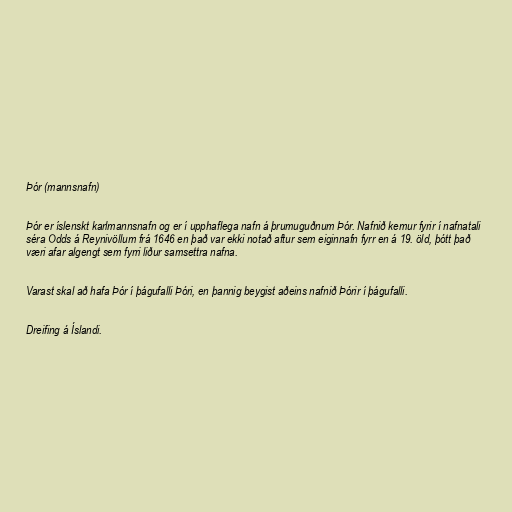
Þór (mannsnafn)

Þór er íslenskt karlmannsnafn og er í upphaflega nafn á þrumuguðnum Þór. Nafnið kemur fyrir í nafnatali
séra Odds á Reynivöllum frá 1646 en það var ekki notað aftur sem eiginnafn fyrr en á 19. öld, þótt það
væri afar algengt sem fyrri liður samsettra nafna.

Varast skal að hafa Þór í þágufalli Þóri, en þannig beygist aðeins nafnið Þórir í þágufalli.

Dreifing á Íslandi.